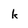
Character: k